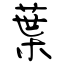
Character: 葉